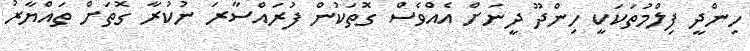
ހިންދީ ފިލްމުތަކަކީ ހިންދޫ ދީނަށް އެއްވެސް ގޮތަކުން ފުރައްސާރަ ނުކުރާ ގޮތަށް ތައްޔާރު